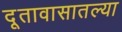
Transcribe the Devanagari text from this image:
दूतावासातल्या